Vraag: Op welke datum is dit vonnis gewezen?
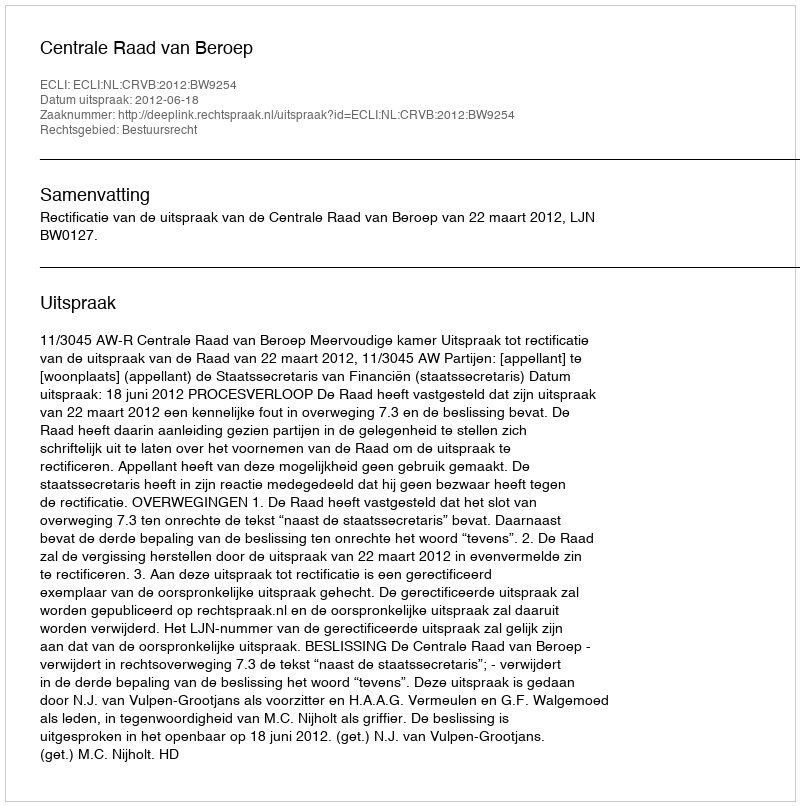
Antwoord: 2012-06-18